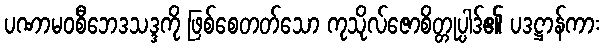
ပဏာမဝစီဘေဒသဒ္ဒကို ဖြစ်စေတတ်သော ကုသိုလ်ဇောစိတ္တုပ္ပါဒ်၏ ပဒဋ္ဌာန်ကား